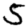
Digit: 5